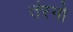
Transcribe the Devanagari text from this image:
तंरगो